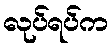
လုပ်ရပ်က